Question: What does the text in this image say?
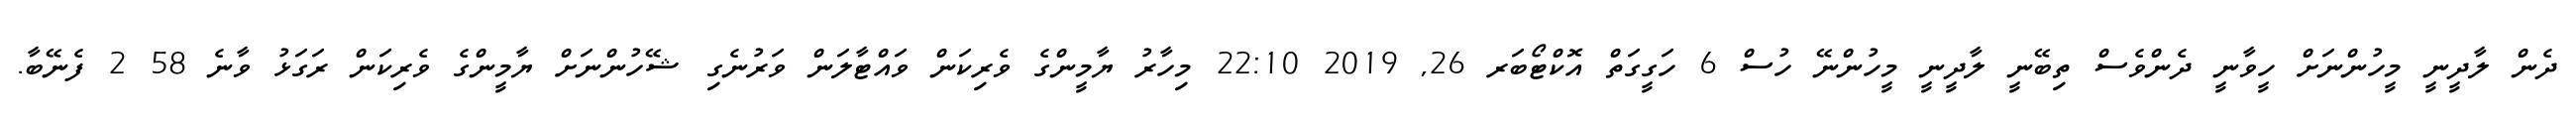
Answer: ދެން ލާދީނީ މީހުންނަށް ހީވާނީ ދެންވެސް ތިބޭނީ ލާދީނީ މީހުންނޭ ހުސް 6 ހަގީގަތް އޮކްޓޯބަރ 26, 2019 22:10 މިހާރު ޔާމީންގެ ވެރިކަން ވައްޓާލަން ވަރުނެގި ޝޭހުންނަށް ޔާމީންގެ ވެރިކަން ރަގަޅު ވާނެ 58 2 ފެނޭބާ.